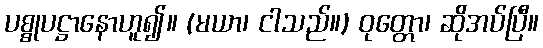
ပစ္စုပဋ္ဌာနောဟူ၍။ (မယာ၊ ငါသည်။) ဝုတ္တော၊ ဆိုအပ်ပြီ။